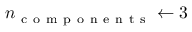
n _ { \mathrm { ~ c ~ o ~ m ~ p ~ o ~ n ~ e ~ n ~ t ~ s ~ } } \leftarrow 3